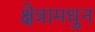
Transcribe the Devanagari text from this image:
क्षेत्रामधुन